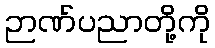
ဉာဏ်ပညာတို့ကို